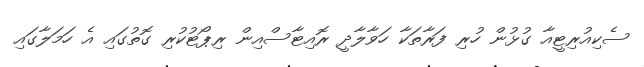
ސެކިއުރިޓީއާ ގުޅުން ހުރި ފަރާތަކާ ހަވާލާދީ ރޮއިޓާސްއިން ރިޕޯޓުކުރި ގޮތުގައި އެ ހަމަލާގައި